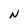
Character: N